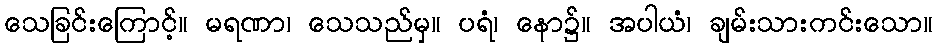
သေခြင်းကြောင့်။ မရဏာ၊ သေသည်မှ။ ပရံ၊ နော၌။ အပါယံ၊ ချမ်းသားကင်းသော။